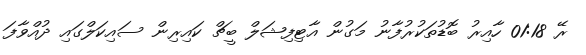
ރޭ 01:18 ހާއިރު ބޮޑުތަކުރުފާނު މަގުން އާޓިފިޝަލް ބީޗް ކައިރިން ސައިކަލްގައި ދުއްވާފަ